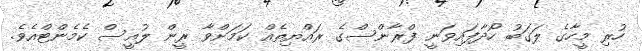
ހުރި މީހާގެ ލަގަބު ހޯދާފައިވަނީ ފްރާންސްގެ ރައްޔިތެއް ކަމަށްވާ ރީން ލުއީސް ކެމެންޓްއެވެ.